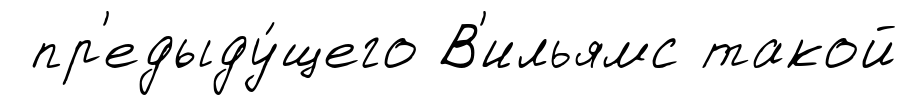
пр'едыду́щего В'ильямс такой